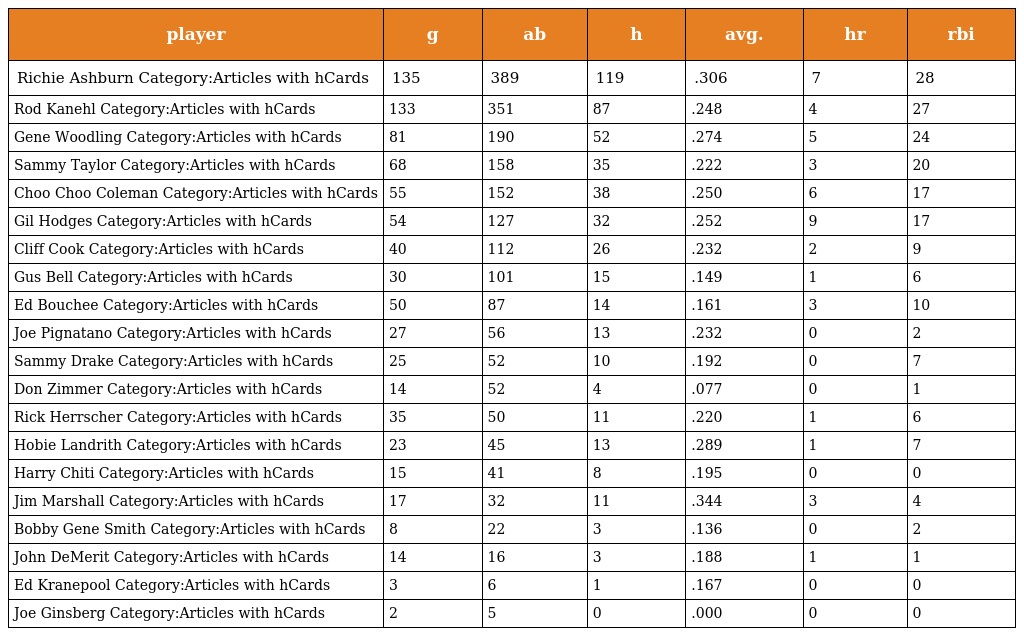
| player | g | ab | h | avg. | hr | rbi |
 | --- | --- | --- | --- | --- | --- | --- |
 | Richie Ashburn Category:Articles with hCards | 135 | 389 | 119 | .306 | 7 | 28 |
 | Rod Kanehl Category:Articles with hCards | 133 | 351 | 87 | .248 | 4 | 27 |
 | Gene Woodling Category:Articles with hCards | 81 | 190 | 52 | .274 | 5 | 24 |
 | Sammy Taylor Category:Articles with hCards | 68 | 158 | 35 | .222 | 3 | 20 |
 | Choo Choo Coleman Category:Articles with hCards | 55 | 152 | 38 | .250 | 6 | 17 |
 | Gil Hodges Category:Articles with hCards | 54 | 127 | 32 | .252 | 9 | 17 |
 | Cliff Cook Category:Articles with hCards | 40 | 112 | 26 | .232 | 2 | 9 |
 | Gus Bell Category:Articles with hCards | 30 | 101 | 15 | .149 | 1 | 6 |
 | Ed Bouchee Category:Articles with hCards | 50 | 87 | 14 | .161 | 3 | 10 |
 | Joe Pignatano Category:Articles with hCards | 27 | 56 | 13 | .232 | 0 | 2 |
 | Sammy Drake Category:Articles with hCards | 25 | 52 | 10 | .192 | 0 | 7 |
 | Don Zimmer Category:Articles with hCards | 14 | 52 | 4 | .077 | 0 | 1 |
 | Rick Herrscher Category:Articles with hCards | 35 | 50 | 11 | .220 | 1 | 6 |
 | Hobie Landrith Category:Articles with hCards | 23 | 45 | 13 | .289 | 1 | 7 |
 | Harry Chiti Category:Articles with hCards | 15 | 41 | 8 | .195 | 0 | 0 |
 | Jim Marshall Category:Articles with hCards | 17 | 32 | 11 | .344 | 3 | 4 |
 | Bobby Gene Smith Category:Articles with hCards | 8 | 22 | 3 | .136 | 0 | 2 |
 | John DeMerit Category:Articles with hCards | 14 | 16 | 3 | .188 | 1 | 1 |
 | Ed Kranepool Category:Articles with hCards | 3 | 6 | 1 | .167 | 0 | 0 |
 | Joe Ginsberg Category:Articles with hCards | 2 | 5 | 0 | .000 | 0 | 0 |